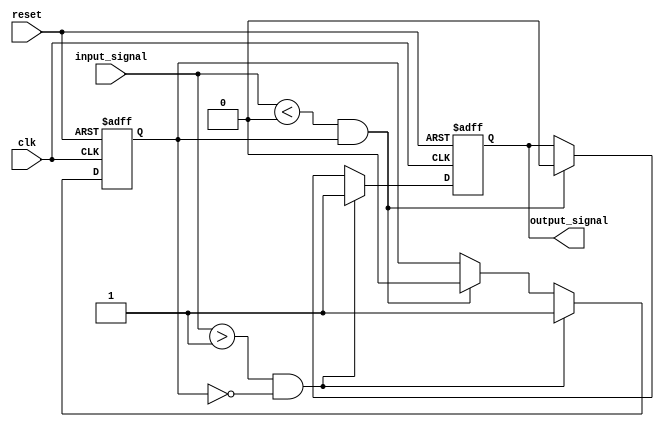
module schmitt_trigger_buffer (
input wire clk,
input wire reset,
input wire input_signal,
output reg output_signal
);

parameter UPPER_THRESHOLD = 1;
parameter LOWER_THRESHOLD = 0;

reg prev_output;

always @ (posedge clk or posedge reset) begin
if (reset) begin
output_signal <= 0;
prev_output <= 0;
end else begin
if (input_signal > UPPER_THRESHOLD && prev_output == 0) begin
output_signal <= 1;
prev_output <= 1;
end else if (input_signal < LOWER_THRESHOLD && prev_output == 1) begin
output_signal <= 0;
prev_output <= 0;
end
end
end

endmodule